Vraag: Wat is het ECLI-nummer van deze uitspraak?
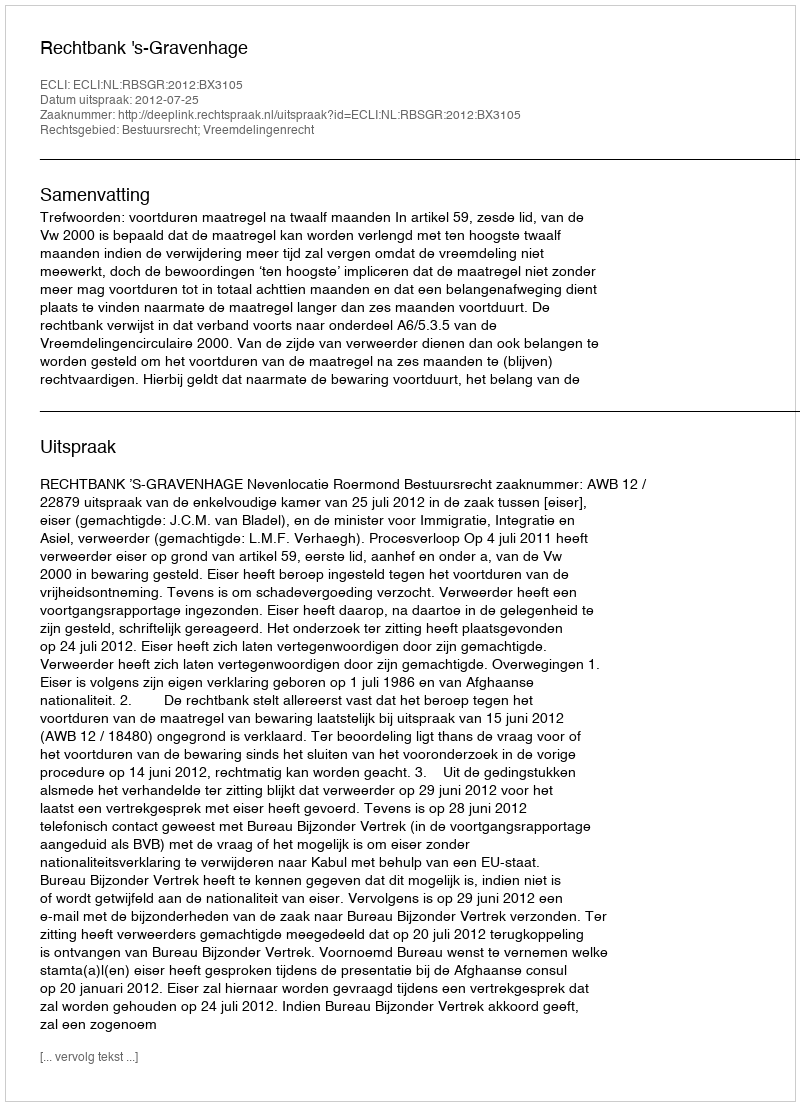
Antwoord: ECLI:NL:RBSGR:2012:BX3105